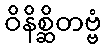
ဝိနိစ္ဆိတဗ္ဗံ